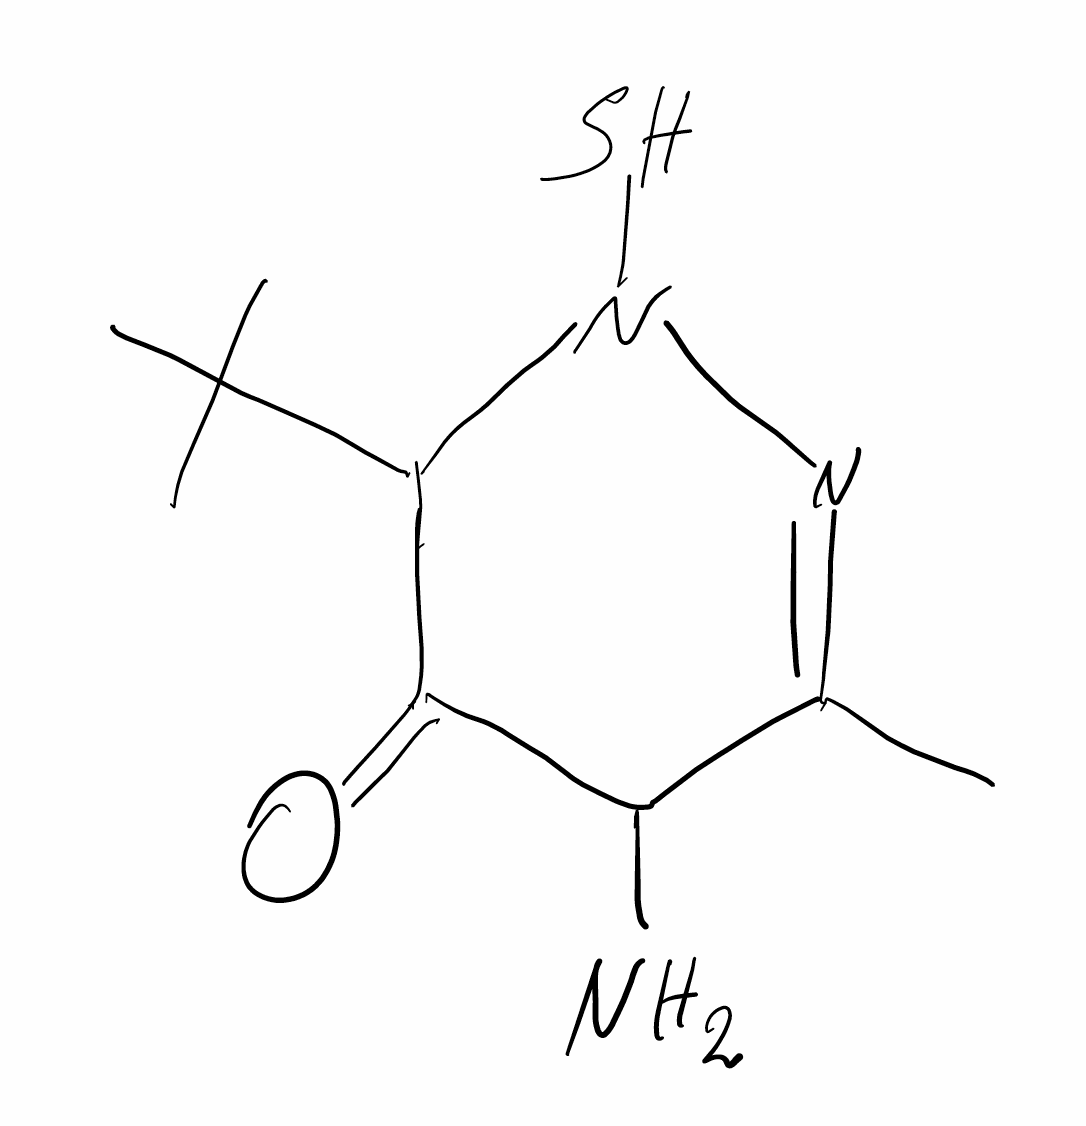
Simplified molecular-input line-entry system (SMILES) notation of the given molecule:
CC1=NN(C(C(=O)N1N)C(C)(C)C)S